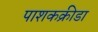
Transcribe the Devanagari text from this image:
पाशकक्रीडा